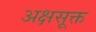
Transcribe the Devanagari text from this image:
अक्षसूक्त